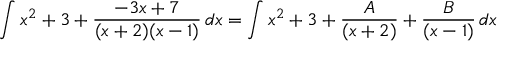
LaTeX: \int x ^ { 2 } + 3 + { \frac { - 3 x + 7 } { ( x + 2 ) ( x - 1 ) } } \, d x = \int x ^ { 2 } + 3 + { \frac { A } { ( x + 2 ) } } + { \frac { B } { ( x - 1 ) } } \, d x